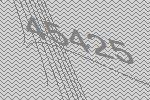
45425